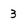
Character: 3